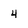
Character: 4